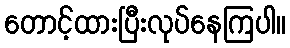
တောင့်ထားပြီးလုပ်နေကြပါ။